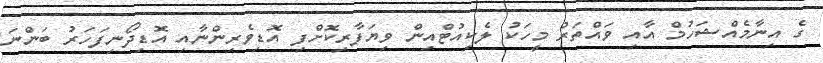
ގެ އިނާމެއްޝަހުމް އާއި ވައްތަރު މީހަކު ލެކިއުޓްއިން ވިޔަފާރިކޮށްފި އޮޑިވެރިންނާއި އޮޑިދޯނިފަހަރު ބަންނަ